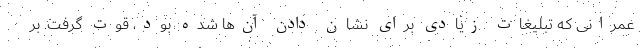
عمرانی که تبلیغات زیادی برای نشان دادن آن‌ها شده بود، قوت گرفت. بر